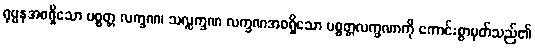
ရုပ္ပနအစရှိသော ပစ္စတ္တ လက္ခဏ၊ သလ္လက္ခဏ လက္ခဏအစရှိသော ပစ္စတ္တလက္ခဏာကို ကောင်းစွာမှတ်သည်၏